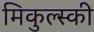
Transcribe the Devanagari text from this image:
मिकुल्स्की